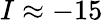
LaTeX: I\approx-15